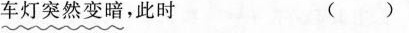
车灯突然变暗，此时 ( )